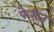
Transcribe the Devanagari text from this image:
फेरीज़